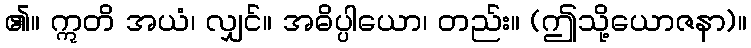
၏။ ဣတိ အယံ၊ လျှင်။ အဓိပ္ပါယော၊ တည်း။ (ဤသို့ယောဇနာ)။